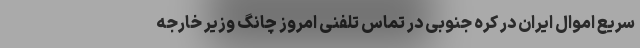
سریع اموال ایران در کره جنوبی در تماس تلفنی امروز چانگ وزیر خارجه